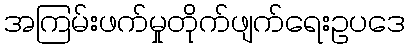
အကြမ်းဖက်မှုတိုက်ဖျက်ရေးဥပဒေ